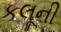
કલૂની